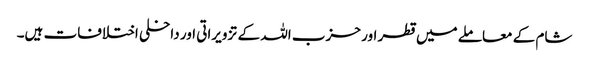
شام کے معاملے میں قطر اور حزب اللہ کے تزویراتی اور داخلی اختلافات ہیں۔